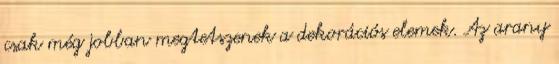
csak még jobban megtetszenek a dekorációs elemek. Az arany